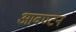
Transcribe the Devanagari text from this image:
आवण्टन